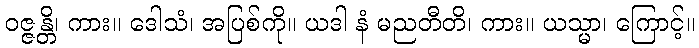
ဝဇ္ဇန္တိ၊ ကား။ ဒေါသံ၊ အပြစ်ကို။ ယဒါ နံ မညတီတိ၊ ကား။ ယသ္မာ၊ ကြောင့်။